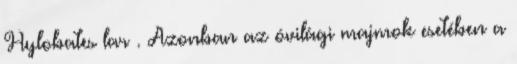
Hylobates lar . Azonban az óvilági majmok esetében a